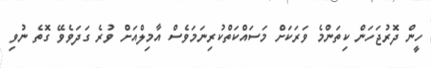
ހީން ދޮރުޖަހަން ކިތަންމެ ވަރަކަށް މަސައްކަތްކުރިނަމަވެސް އާމިލްއަށް ވުރެ ގަދަވެވޭ ގޮތެ ނުވި